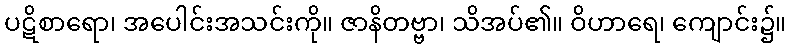
ပဋိစာရော၊ အပေါင်းအသင်းကို။ ဇာနိတဗ္ဗာ၊ သိအပ်၏။ ဝိဟာရေ၊ ကျောင်း၌။